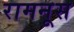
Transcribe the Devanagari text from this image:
रामनूस